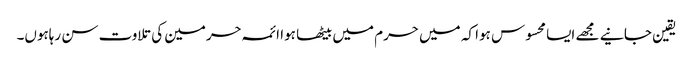
یقین جانیے مجھے ایسا محسوس ہوا کہ میں حرم میں بیٹھا ہوا ائمہ حرمین کی تلاوت سن رہاہوں۔